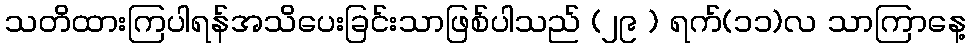
သတိထားကြပါရန်အသိပေးခြင်းသာဖြစ်ပါသည် (၂၉ ) ရက်(၁၁)လ သာကြာနေ့